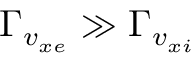
\Gamma _ { v _ { x e } } \gg \Gamma _ { v _ { x i } }